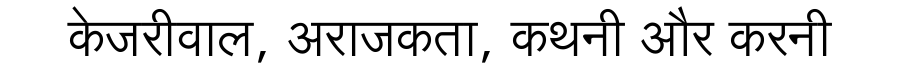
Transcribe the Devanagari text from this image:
केजरीवाल, अराजकता, कथनी और करनी